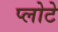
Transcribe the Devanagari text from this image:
प्लोटे